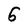
Character: 6